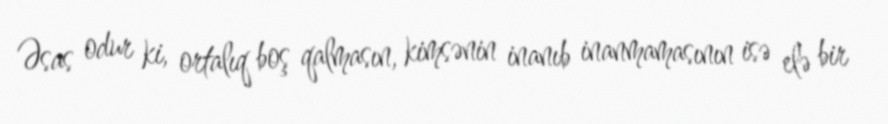
Əsas odur ki, ortalıq boş qalmasın, kimsənin inanıb inanmamasının isə elə bir